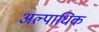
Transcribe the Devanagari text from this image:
अल्पाधिक